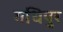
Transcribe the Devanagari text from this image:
गधिपुर